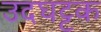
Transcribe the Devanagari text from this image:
उदघट्टक